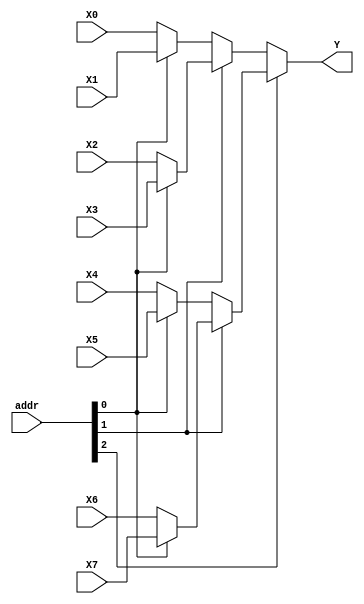
module bus_mux_8_1 #(
		parameter N = 8
) (
		input [2:0] addr,
		input [N-1:0] X0, X1, X2, X3, X4, X5, X6, X7,
		output [N-1:0] Y
);
assign Y = addr[2] ? (addr[1] ? (addr[0] ? X7 : X6) : (addr[0] ? X5 : X4)) : (addr[1] ? (addr[0] ? X3 : X2) : (addr[0] ? X1 : X0));

endmodule